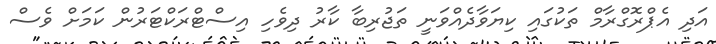
އަދި އެޕްރޮގްރާމް ތަކުގައި ކިޔަވާދެއްވަނީ ތަޖުރިބާ ކާރު ދިވެހި އިސްޓްރަކްޓަރުން ކަމަށް ވެސް